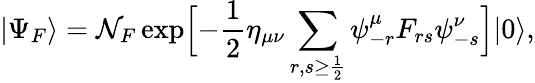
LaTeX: |\Psi_{F}\rangle={\cal\mathcal{N}}_{F}\exp\Bigl[-{\frac{{1}}{{2}}}\eta_{\mu\nu}\sum_{r,s\ge{\frac{{1}}{{2}}}}\psi_{-r}^{\mu}F_{rs}\psi_{-s}^{\nu}\Bigr]|0\rangle,